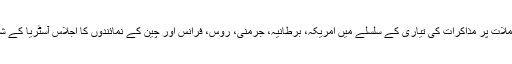
ایران سے جوہری معاملات پر مذاکرات کی تیاری کے سلسلے میں امریکہ، برطانیہ، جرمنی، روس، فرانس اور چین کے نمائندوں کا اجلاس آسٹریا کے شہر ویانا میں منعقد ہوا۔